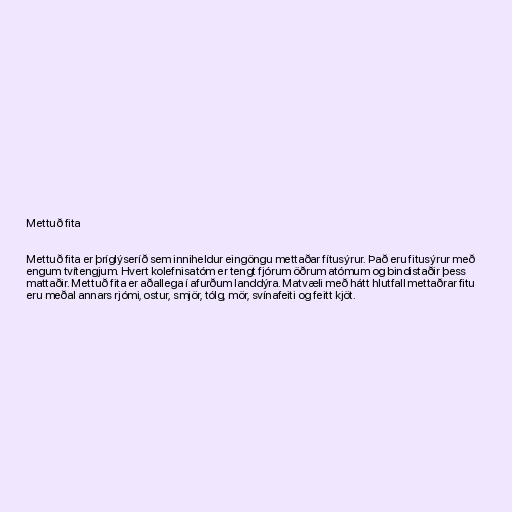
Mettuð fita

Mettuð fita er þríglýseríð sem inniheldur eingöngu mettaðar fítusýrur. Það eru fitusýrur með
engum tvítengjum. Hvert kolefnisatóm er tengt fjórum öðrum atómum og bindistaðir þess
mattaðir. Mettuð fita er aðallega í afurðum landdýra. Matvæli með hátt hlutfall mettaðrar fitu
eru meðal annars rjómi, ostur, smjör, tólg, mör, svínafeiti og feitt kjöt.